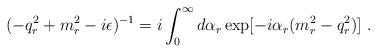
LaTeX: \begin{align*}(-q_r^2+m_r^2-i\epsilon)^{-1}=i\int_0^\infty d\alpha_r\exp[-i\alpha_r(m_r^2-q_r^2)]\ .\end{align*}